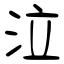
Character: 泣